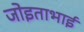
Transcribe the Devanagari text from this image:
जोइताभाई